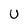
Character: U